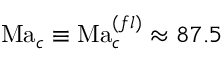
\mathrm { M a } _ { c } \equiv \mathrm { M a } _ { c } ^ { ( f l ) } \approx 8 7 . 5